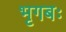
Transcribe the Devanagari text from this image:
भृगबः